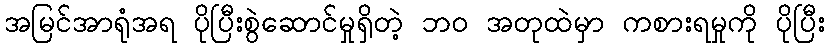
အမြင်အာရုံအရ ပိုပြီးစွဲဆောင်မှုရှိတဲ့ ဘဝ အတုထဲမှာ ကစားရမှုကို ပိုပြီး